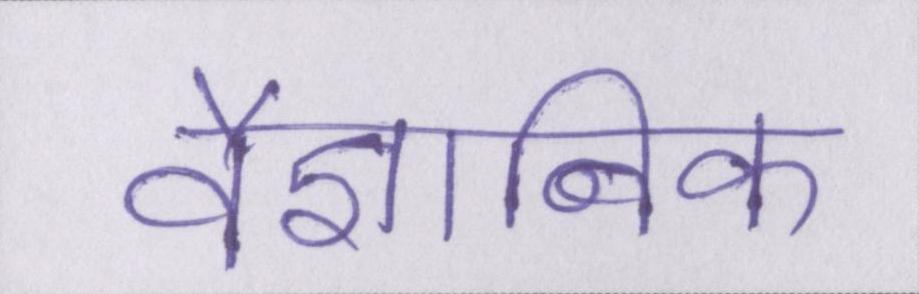
वैज्ञानिक